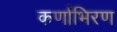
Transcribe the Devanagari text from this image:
कर्णाभिरण